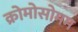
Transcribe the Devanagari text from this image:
क्रोमोसोमम